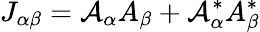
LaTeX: J_{\alpha\beta}={\cal{A}}_{\alpha}A_{\beta}+{\cal{A}}_{\alpha}^{*}A_{\beta}^{*}